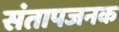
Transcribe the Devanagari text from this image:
संतापजनक